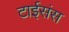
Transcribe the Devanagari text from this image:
टाईसंस